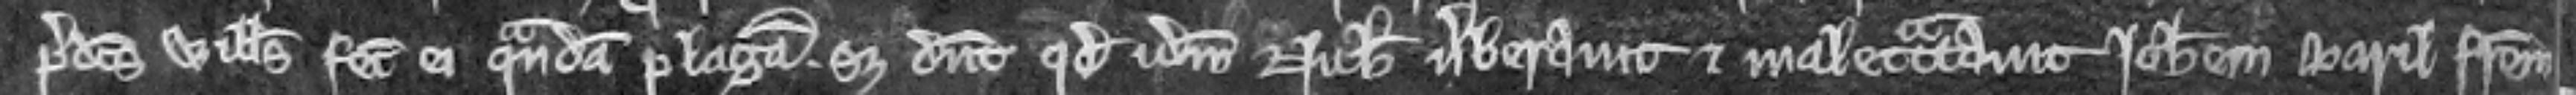
predictus Willelmus fecit ei quandam plagam set dicunt quod idem Nicholaus verberavit et maletractavit Johannem Baril fratrem